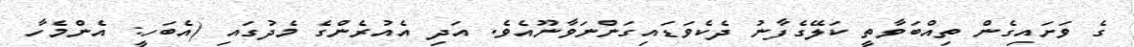
ގެ ވަށައިގެން ތިއްބަވާތީ ކަލޭގެފާނު ދެކެވަޑައިގަންނަވާނޫއެވެ. އަދި އެއުރެންގެ މެދުގައި (އެބަހީ: އެންމެހާ